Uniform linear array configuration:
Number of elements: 4
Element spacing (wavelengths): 1
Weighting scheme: binomial
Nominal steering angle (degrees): -30
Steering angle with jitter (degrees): -28.287
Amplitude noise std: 0.05
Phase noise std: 0.05

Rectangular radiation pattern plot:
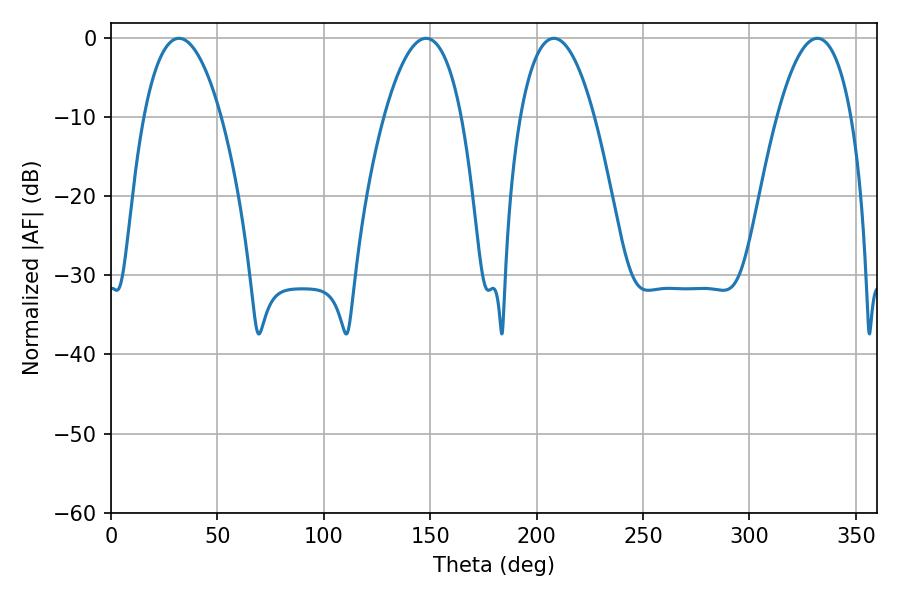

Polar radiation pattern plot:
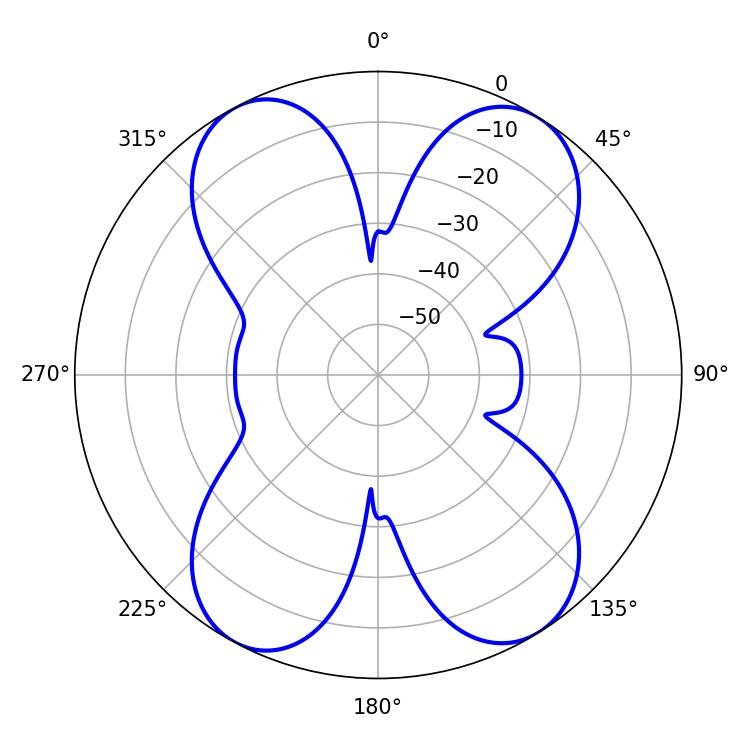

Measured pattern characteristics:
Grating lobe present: TRUE
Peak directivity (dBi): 15.499
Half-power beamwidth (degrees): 19.44
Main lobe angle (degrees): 208.08